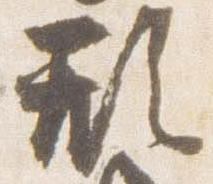
形